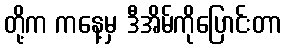
တို့က ကနေ့မှ ဒီအိမ်ကိုပြောင်းတာ